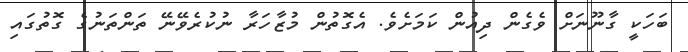
ބަހަކީ ގާނޫނަށް ވެގެން ދިއުން ކަމަށެވެ. އެގޮތުން މުޒާހަރާ ނުކުރެވޭނޭ ތަންތަނުގެ ގޮތުގައި